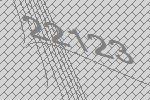
22123